Regulations for the medical services of the Army of India
Year: 1930
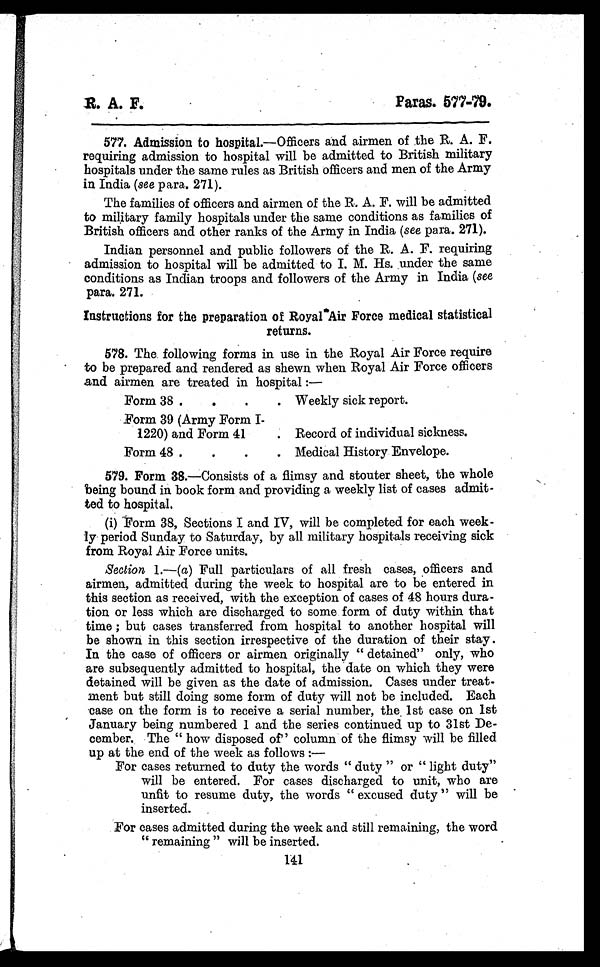
R. A. F.
Paras. 577-79.
577. Admission to hospital.—Officers and airmen of the R. A. F.
requiring admission to hospital will be admitted to British military
hospitals under the same rules as British officers and men of the Army
in India (see para. 271).
The families of officers and airmen of the R. A. F. will be admitted
to military family hospitals under the same conditions as families of
British officers and other ranks of the Army in India (see para. 271).
Indian personnel and public followers of the R. A. F. requiring
admission to hospital will be admitted to I. M. Hs. under the same
conditions as Indian troops and followers of the Army in India (see
para. 271.
Instructions for the preparation of Royal Air Force medical statistical
returns.
578. The following forms in use in the Royal Air Force require
to be prepared and rendered as shewn when Royal Air Force officers
and airmen are treated in hospital :—
Form 38 ..
.
.
Weekly sick report.
Form 39 (Army Form I-
1220) and Form 41
. Record of individual sickness.
Form 48 ..
.
.
Medical History Envelope.
579. Form 38.—Consists of a flimsy and stouter sheet, the whole
being bound in book form and providing a weekly list of cases admit-
ted to hospital.
(i) Form 38, Sections I and IV, will be completed for each week-
ly period Sunday to Saturday, by all military hospitals receiving sick
from Royal Air Force units.
Section 1.—(a) Full particulars of all fresh cases, officers and
airmen, admitted during the week to hospital are to be entered in
this section as received, with the exception of cases of 48 hours dura-
tion or less which are discharged to some form of duty within that
time ; but cases transferred from hospital to another hospital will
be shown in this section irrespective of the duration of their stay .
In the case of officers or airmen originally " detained" only, who
are subsequently admitted to hospital, the date on which they were
detained will be given as the date of admission. Cases under treat-
ment but still doing some form of duty will not be included. Each
case on the form is to receive a serial number, the 1st case on 1st
January being numbered 1 and the series continued up to 31st De-
cember. The " how disposed of" column of the flimsy will be filled
up at the end of the week as follows :
—
For cases returned to duty the words "duty" or "light duty"
will be entered. For cases discharged to unit, who are
unfit to resume duty, the words " excused duty " will be
inserted.
For cases admitted during the week and still remaining, the word
" remaining " will be inserted.
141